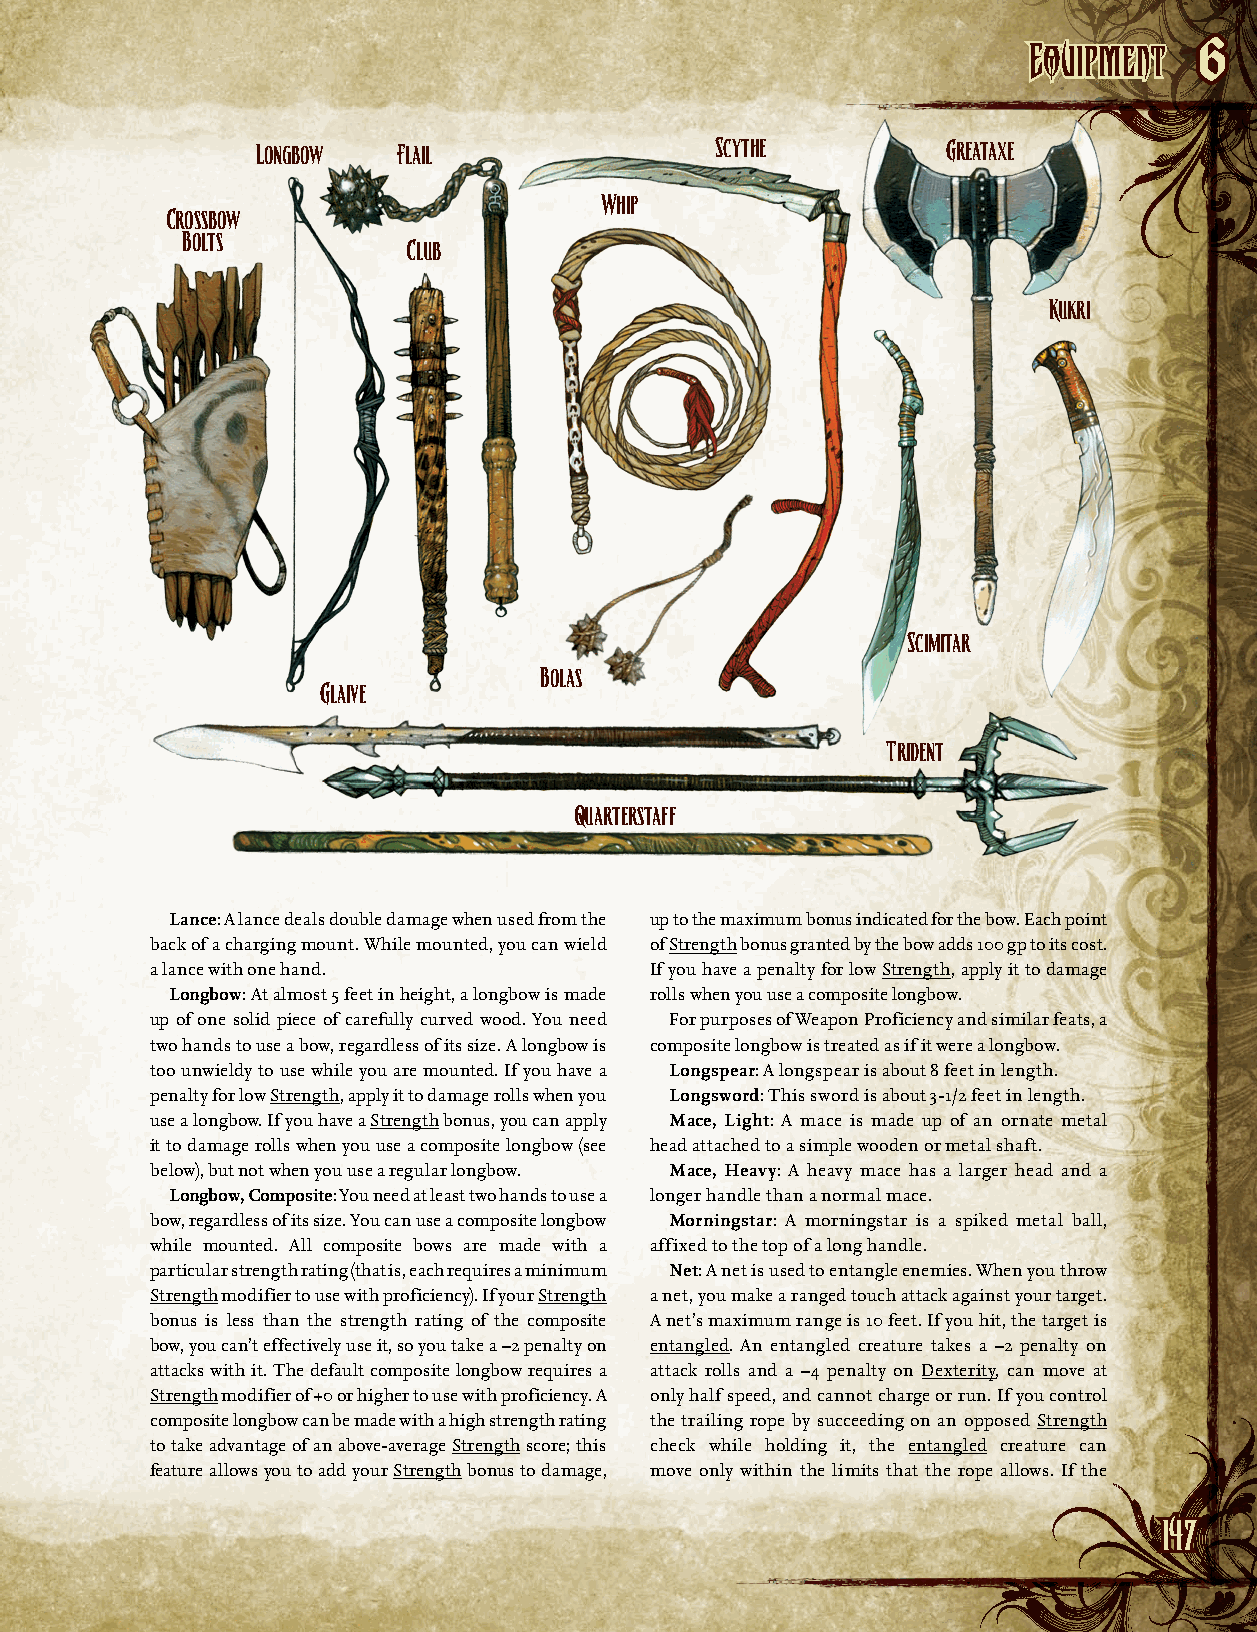
EEqquuiippmmeenntt
 6
 Longbow  Flail                Scythe          Greataxe
 Whip
 Crossbow
 Bolts
 Club
 Kukri
 Scimitar
 Bolas
 Glaive
 Trident
 Quarterstaff
 Lance: A lance deals double damage when used from the up to the maximum bonus indicated for the bow. Each point
 back of a charging mount. While mounted, you can wield of Strength bonus granted by the bow adds 100 gp to its cost.
 a lance with one hand.           If you have a penalty for low Strength, apply it to damage
 Longbow: At almost 5 feet in height, a longbow is made rolls when you use a composite longbow.
 up of one solid piece of carefully curved wood. You need For purposes of Weapon Proficiency and similar feats, a
 two hands to use a bow, regardless of its size. A longbow is composite longbow is treated as if it were a longbow.
 too unwieldy to use while you are mounted. If you have a Longspear: A longspear is about 8 feet in length.
 penalty for low Strength, apply it to damage rolls when you Longsword: This sword is about 3-1/2 feet in length.
 use a longbow. If you have a Strength bonus, you can apply Mace, Light: A mace is made up of an ornate metal
 it to damage rolls when you use a composite longbow (see head attached to a simple wooden or metal shaft.
 below), but not when you use a regular longbow. Mace, Heavy: A heavy mace has a larger head and a
 Longbow, Composite: You need at least two hands to use a longer handle than a normal mace.
 bow, regardless of its size. You can use a composite longbow Morningstar: A morningstar is a spiked metal ball,
 while mounted. All composite bows are made with a affixed to the top of a long handle.
 particular strength rating (that is, each requires a minimum Net: A net is used to entangle enemies. When you throw
 Strength modifier to use with proficiency). If your Strength a net, you make a ranged touch attack against your target.
 bonus is less than the strength rating of the composite A net’s maximum range is 10 feet. If you hit, the target is
 bow, you can’t effectively use it, so you take a –2 penalty on entangled. An entangled creature takes a –2 penalty on
 attacks with it. The default composite longbow requires a attack rolls and a –4 penalty on Dexterity, can move at
 Strength modifier of +0 or higher to use with proficiency. A only half speed, and cannot charge or run. If you control
 composite longbow can be made with a high strength rating the trailing rope by succeeding on an opposed Strength
 to take advantage of an above-average Strength score; this check while holding it, the entangled creature can
 feature allows you to add your Strength bonus to damage, move only within the limits that the rope allows. If the
 114477